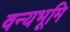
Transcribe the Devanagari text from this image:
वन्यभूमि